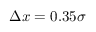
\Delta x = 0 . 3 5 \sigma